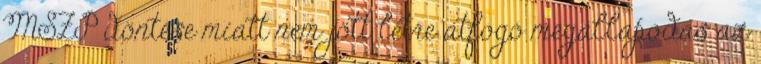
MSZP döntése miatt nem jött létre átfogó megállapodás az